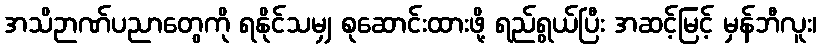
အသိဉာဏ်ပညာတွေကို ရနိုင်သမျှ စုဆောင်းထားဖို့ ရည်ရွယ်ပြီး အဆင့်မြင့် မှန်ဘီလူး၊